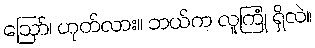
ဪ၊ ဟုတ်လား။ ဘယ်က လူကြုံ ရှိလဲ။